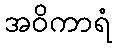
အဝိကာရံ